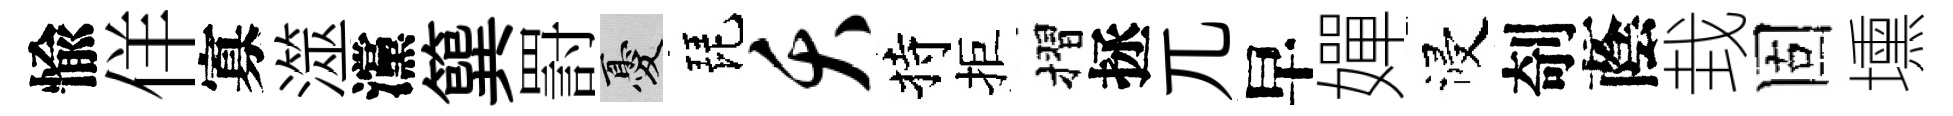
愉佯寡澨灙簨罸憂琵夭持拒摺拯兀早嬋浸剞蔭㘽固壎